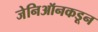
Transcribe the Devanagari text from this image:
जेनिऑनकडून